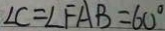
\angle C = \angle F A B = 6 0 ^ { \circ }